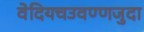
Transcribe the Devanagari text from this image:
वेदियचउवण्णजुदा